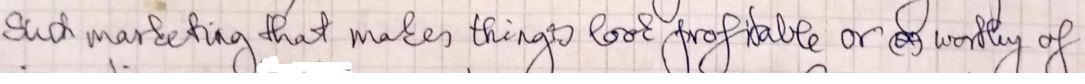
Such marketing that makes things look, profitable or  worthy of